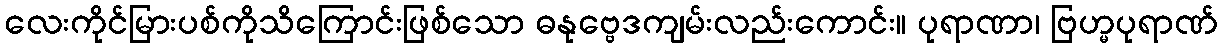
လေးကိုင်မြားပစ်ကိုသိကြောင်းဖြစ်သော ဓနုဗ္ဗေဒကျမ်းလည်းကောင်း။ ပုရာဏာ၊ ဗြဟ္မပုရာဏ်